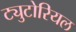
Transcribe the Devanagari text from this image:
ट्युटोरियल